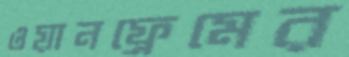
ওয়ানফ্রেমের